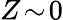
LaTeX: Z\! \sim\! 0